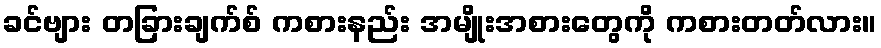
ခင်ဗျား တခြားချက်စ် ကစားနည်း အမျိုးအစားတွေကို ကစားတတ်လား။